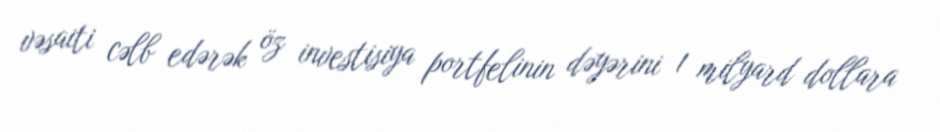
vəsaiti cəlb edərək öz investisiya portfelinin dəyərini 1 milyard dollara